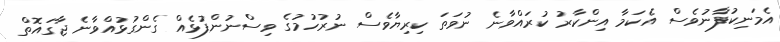
އެމަނިކުފާނުވެސް އެކަމާ އިންކާރު ކުރައްވާނެ ނުވަތަ ކިރިޔާވެސް ނުރުހުމުގެ ވިސްނުންފުޅެއް ގެންގުޅުއްވާނެ ޖާގައޮތް